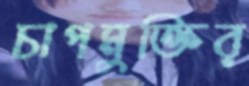
চাপমুক্তির